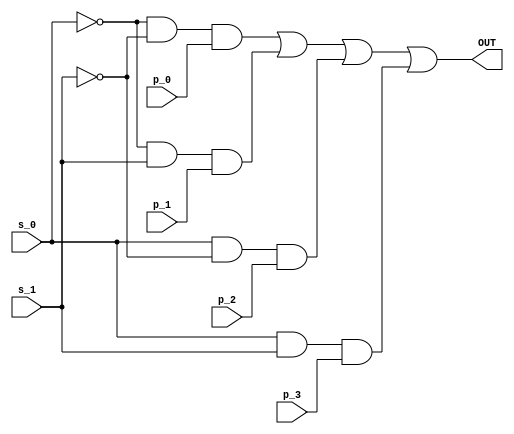
`timescale 1ns / 1ps
//Name: Michael Li
//PID: A12420469

module four_to_one_mux(p_0,p_1,p_2,p_3,s_0,s_1,OUT);
	
	input p_0;
	input p_1;
	input p_2;
	input p_3;
	
	input s_0;
	input s_1;
	
	wire select_zero;
	wire select_one;
	wire select_two;
	wire select_three;
	
	output OUT;
	
	assign select_zero = ~(s_0)&~(s_1)&p_0;
	assign select_one = ~(s_0)&(s_1)&p_1;
	assign select_two = (s_0)&~(s_1)&p_2;
	assign select_three = (s_0)&(s_1)&p_3;
	
	assign OUT = select_zero | select_one | select_two | select_three;
	
endmodule